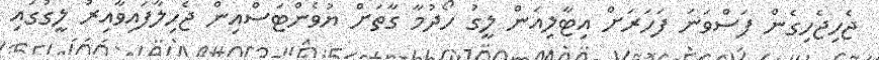
ޖެހިޖެހިގެން ފަސްވަނަ ފަހަރަށް އިޓާލިއަން ލީގު ހޯދުމާ ގާތަށް ޔުވެންޓަސްއިން ޖެހިލާފައިވާއިރު ލީގުގައި